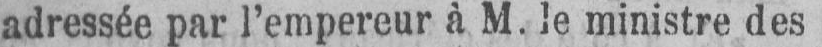
adressée par l’empereur à M. le ministre des